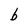
Character: b